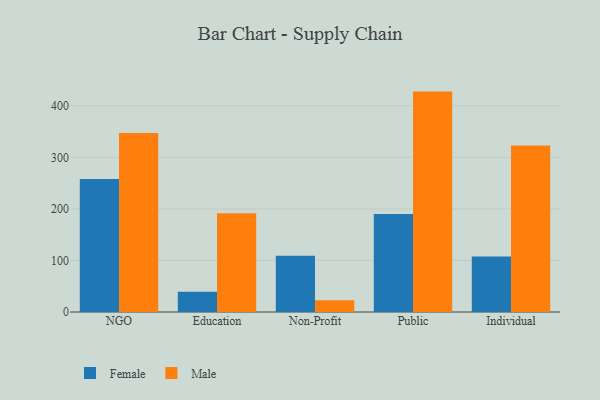
{"axis": {"x": "Segment", "y": "Demand Index"}, "legend": ["Female", "Male"], "data": [{"x": "NGO", "y": 257.9, "type": "Female"}, {"x": "NGO", "y": 346.9, "type": "Male"}, {"x": "Education", "y": 39.4, "type": "Female"}, {"x": "Education", "y": 191.4, "type": "Male"}, {"x": "Non-Profit", "y": 109.0, "type": "Female"}, {"x": "Non-Profit", "y": 22.6, "type": "Male"}, {"x": "Public", "y": 189.9, "type": "Female"}, {"x": "Public", "y": 427.4, "type": "Male"}, {"x": "Individual", "y": 107.4, "type": "Female"}, {"x": "Individual", "y": 323.1, "type": "Male"}]}